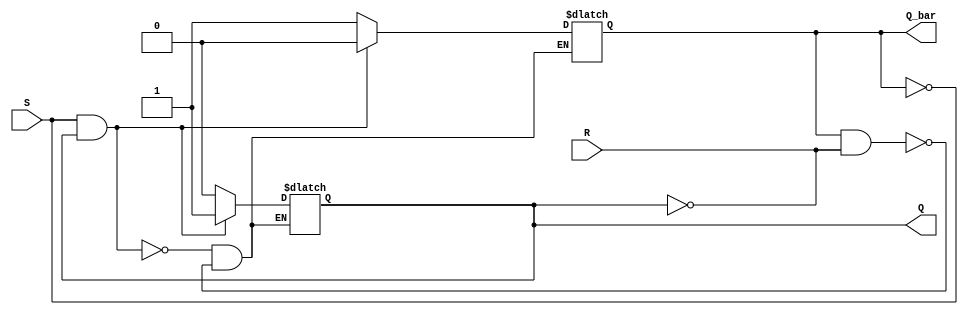
module SR_Latch (
    input S,
    input R,
    output Q,
    output Q_bar
);

// NOR latch
reg Q, Q_bar;
always @ (S, R)
begin
    if (S && !R)
    begin
        Q <= 1;
        Q_bar <= 0;
    end
    else if (!S && R)
    begin
        Q <= 0;
        Q_bar <= 1;
    end
end

// NAND latch
assign S = ~Q_bar;
assign R = ~Q;

endmodule